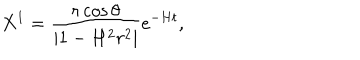
LaTeX: X ^ { 1 } = \frac { r \cos \theta } { \mid 1 - H ^ { 2 } r ^ { 2 } \mid } e ^ { - H t } ,